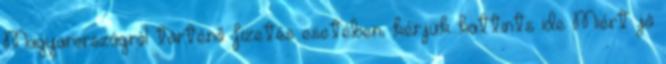
Magyarországról történő fizetés esetében, kérjük kattints ide Miért jó